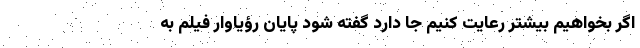
اگر بخواهیم بیشتر رعایت کنیم جا دارد گفته شود پایان رؤیاوار فیلم به